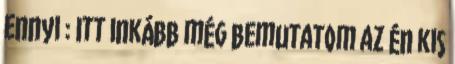
Ennyi : Itt inkább még bemutatom az én kis